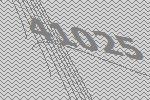
41025